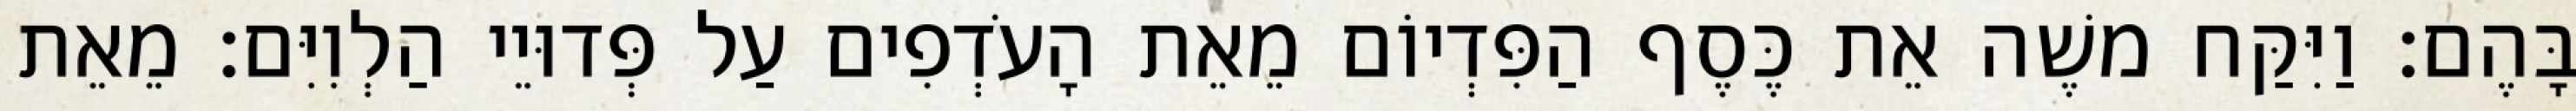
בָּהֶם׃ וַיִּקַּח משֶׁה אֵת כֶּסֶף הַפִּדְיוֹם מֵאֵת הָעֹדְפִים עַל פְּדוּיֵי הַלְוִיִּם׃ מֵאֵת